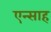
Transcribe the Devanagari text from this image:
एन्साह